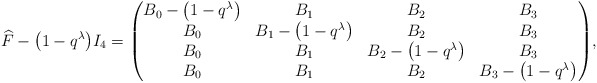
\begin{align*}\widehat{F}-\big(1-q^{\lambda}\big)I_4 = \begin{pmatrix} B_0 -\big(1-q^{\lambda}\big) & B_1 & B_2 & B_3\\ B_0 & B_1-\big(1-q^{\lambda}\big) & B_2 & B_3\\ B_0 & B_1 & B_2-\big(1-q^{\lambda}\big) & B_3\\ B_0 & B_1 & B_2 & B_3-\big(1-q^{\lambda}\big) \end{pmatrix}\!,\end{align*}